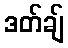
ဒတ်ချ်